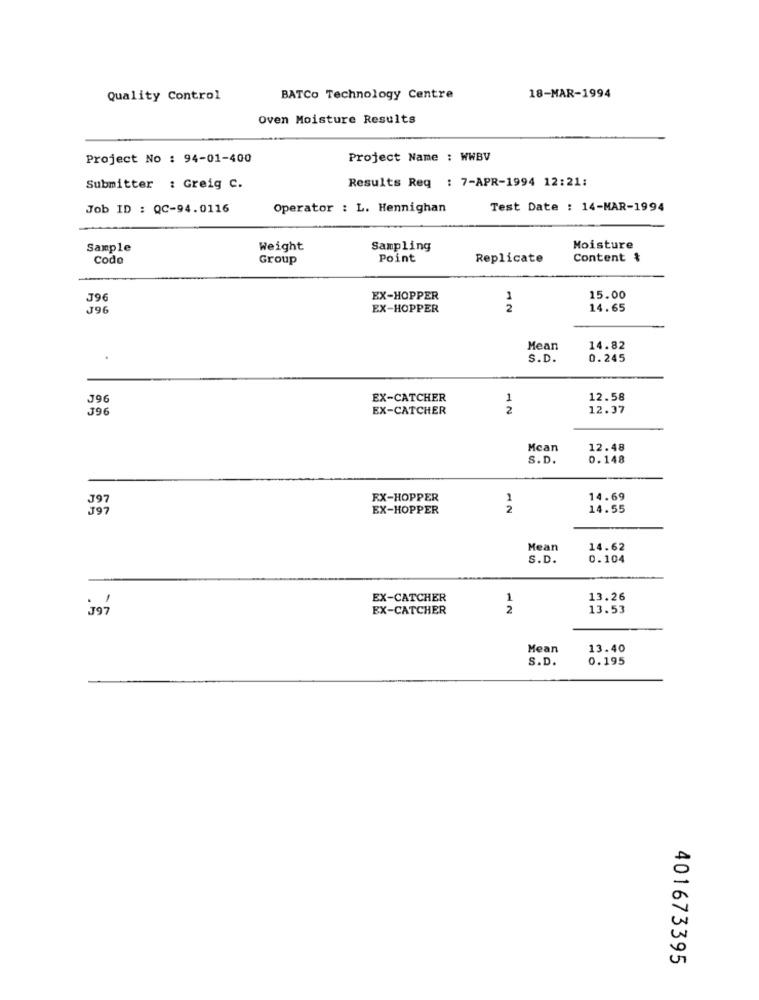
Quality Control
BATCo Technology Centre
18-MAR-1994
Oven Moisture Results
Project No : 94-01-400
Project Name : WWBV
Results Req : 7-APR-1994 12:21:
Submitter : Greig C.
Job ID : QC-94.0116
Operator : L. Hennighan
Test Date : 14-MAR-1994
Sample
Weight
Sampling
Moisture
Codo
Group
Point
Replicate
Content &
J96
EX-HOPPER
1
15.00
J96
EX-HOPPER
2
14.65
Mean
14.82
S.D.
0.245
J96
EX-CATCHER
1
12.58
J96
EX-CATCHER
2
12.37
Mcan
12.48
S.D.
0.148
EX-HOPPER
1
14.69
EX-HOPPER
2
14.55
Mean
14.62
S.D.
0.104
EX-CATCHER
1
13.26
EX-CATCHER
2
13.53
Mean
13.40
S.D.
0.195
o
0
401673395